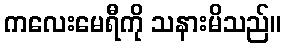
ကလေးမေရီကို သနားမိသည်။